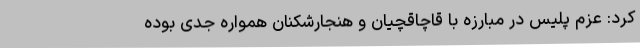
کرد: عزم پلیس در مبارزه با قاچاقچیان و هنجارشکنان همواره جدی بوده